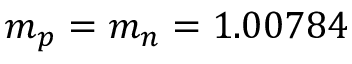
m _ { p } = m _ { n } = 1 . 0 0 7 8 4